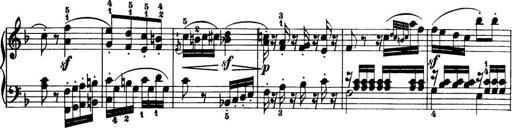
Title: 32 Sonatinas and Rondos for the Piano
Composer: Richard Kleinmichel